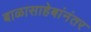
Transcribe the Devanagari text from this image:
बाळासाहेबांनंतर